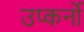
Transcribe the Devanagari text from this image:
उप्कर्नो